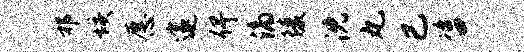
祁垓愿邃俾滴陵沈丸已咨